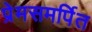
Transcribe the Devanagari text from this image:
प्रेमसमर्पित